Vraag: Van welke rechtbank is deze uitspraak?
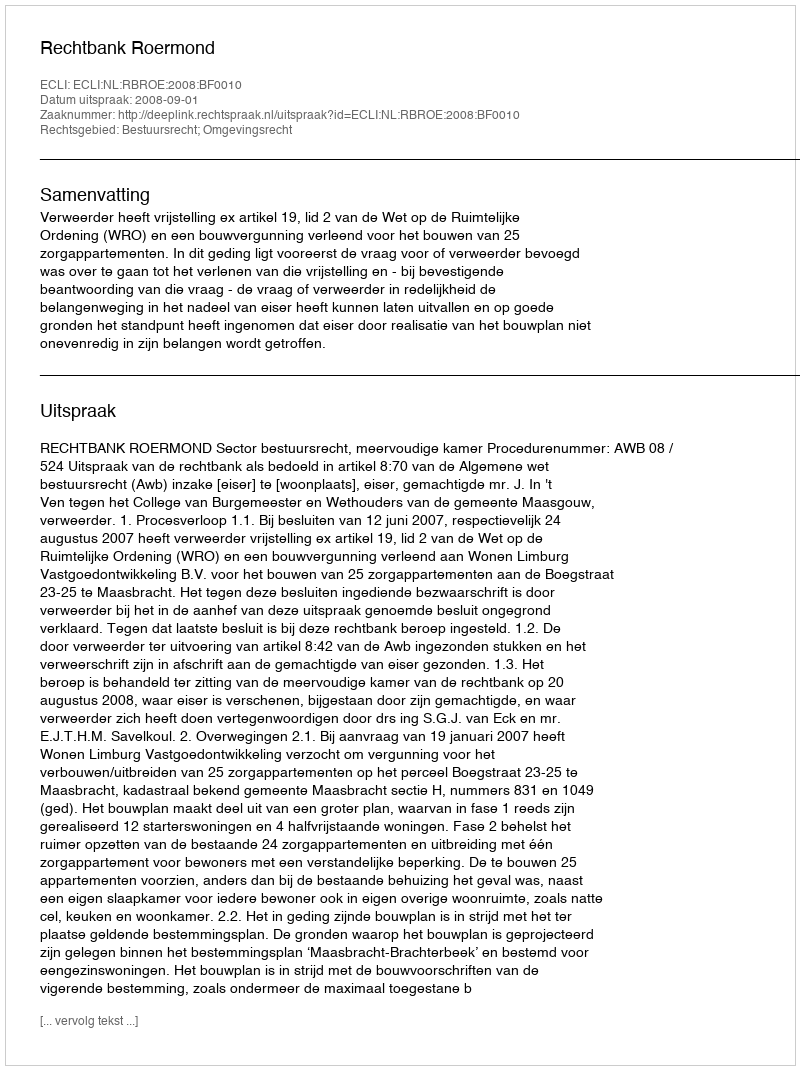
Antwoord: Rechtbank Roermond